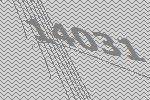
14031